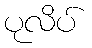
ပုလိပ်